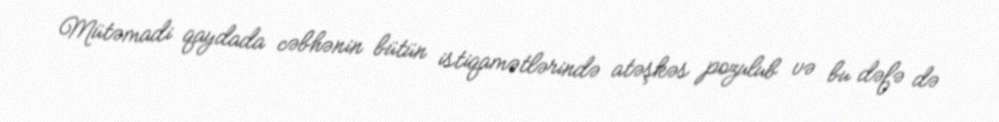
Mütəmadi qaydada cəbhənin bütün istiqamətlərində atəşkəs pozulub və bu dəfə də